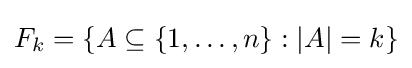
F_{k}=\left\{A\subseteq \{1,\ldots ,n\}:|A|=k\right\}